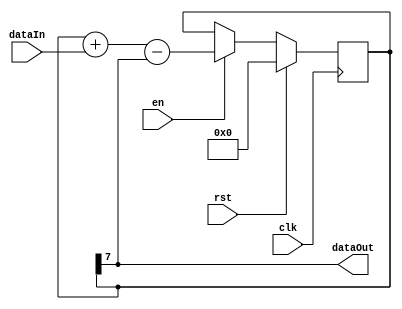
module BitLpf #(
    parameter FILT_BITS = 8
)
(
    input  clk,    
    input  rst,    
    input  en,     
    input  dataIn, 
    output dataOut 
);
reg signed [FILT_BITS-1:0] filter;
assign dataOut = filter[FILT_BITS-1];
always @(posedge clk) begin
    if (rst) begin
        filter <= 'd0;
    end
    else if (en) begin
        filter <= filter + dataIn - dataOut;
    end
end
endmodule